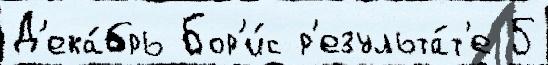
Д'ека́брь Бор'и́с р'езульта́т'е 5